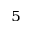
^ 5